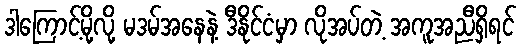
ဒါကြောင့်မို့လို့ မဒမ်အနေနဲ့ ဒီနိုင်ငံမှာ လိုအပ်တဲ့ အကူအညီရှိရင်